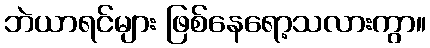
ဘဲယာရင်များ ဖြစ်နေရော့သလားကွာ။